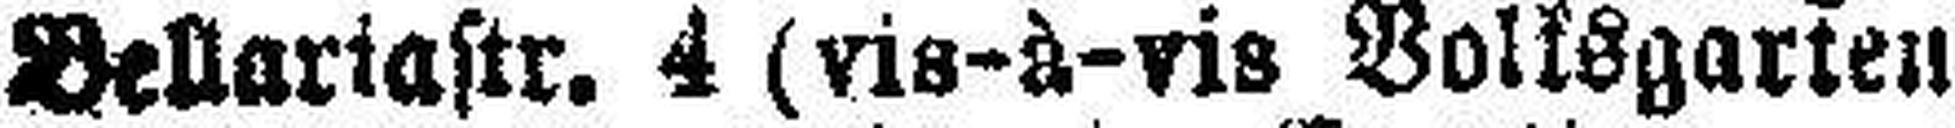
Bellariastr. 4 (via-à-vis Bollsgarten